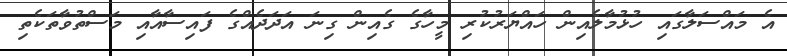
އެ މައްސަލާގައި ހުޅުމާލެއިން ހައްޔަރުކުރި މީހާގެ ގެއިން ގިނަ އަދަދެއްގެ ފައިސާއާއި މަސްތުވާތަކެތި